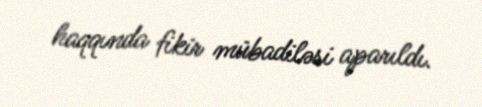
haqqında fikir mübadiləsi aparıldı.